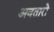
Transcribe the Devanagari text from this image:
अवतारो